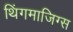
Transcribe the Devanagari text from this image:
थिंगमाजिग्स